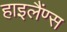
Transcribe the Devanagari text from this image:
हाइलैंण्स